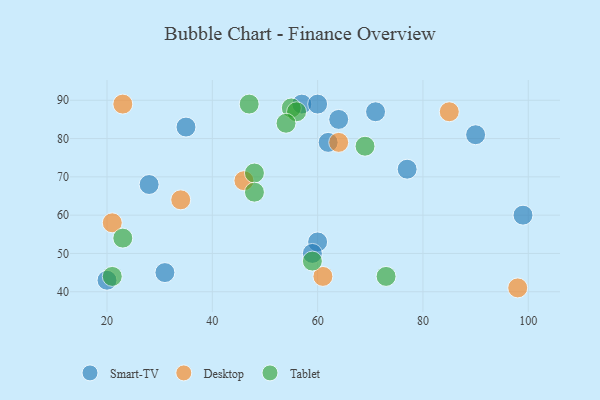
{"axis": {"x": "GDP", "y": "Life Expectancy"}, "legend": ["Desktop", "Smart-TV", "Tablet"], "data": [{"x": "57", "y": 89, "type": "Smart-TV"}, {"x": "60", "y": 53, "type": "Smart-TV"}, {"x": "31", "y": 45, "type": "Smart-TV"}, {"x": "35", "y": 83, "type": "Smart-TV"}, {"x": "77", "y": 72, "type": "Smart-TV"}, {"x": "62", "y": 79, "type": "Smart-TV"}, {"x": "20", "y": 43, "type": "Smart-TV"}, {"x": "90", "y": 81, "type": "Smart-TV"}, {"x": "71", "y": 87, "type": "Smart-TV"}, {"x": "60", "y": 89, "type": "Smart-TV"}, {"x": "64", "y": 85, "type": "Smart-TV"}, {"x": "99", "y": 60, "type": "Smart-TV"}, {"x": "59", "y": 50, "type": "Smart-TV"}, {"x": "28", "y": 68, "type": "Smart-TV"}, {"x": "61", "y": 44, "type": "Desktop"}, {"x": "34", "y": 64, "type": "Desktop"}, {"x": "98", "y": 41, "type": "Desktop"}, {"x": "46", "y": 69, "type": "Desktop"}, {"x": "64", "y": 79, "type": "Desktop"}, {"x": "21", "y": 58, "type": "Desktop"}, {"x": "23", "y": 89, "type": "Desktop"}, {"x": "85", "y": 87, "type": "Desktop"}, {"x": "48", "y": 71, "type": "Tablet"}, {"x": "21", "y": 44, "type": "Tablet"}, {"x": "55", "y": 88, "type": "Tablet"}, {"x": "47", "y": 89, "type": "Tablet"}, {"x": "56", "y": 87, "type": "Tablet"}, {"x": "54", "y": 84, "type": "Tablet"}, {"x": "73", "y": 44, "type": "Tablet"}, {"x": "23", "y": 54, "type": "Tablet"}, {"x": "59", "y": 48, "type": "Tablet"}, {"x": "69", "y": 78, "type": "Tablet"}, {"x": "48", "y": 66, "type": "Tablet"}]}